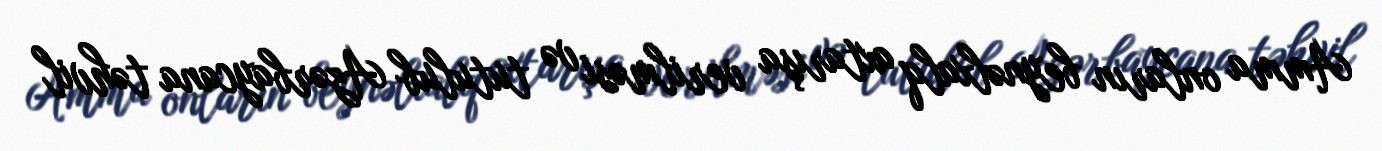
Amma onların beynəlxalq axtarışa verilməsi və tutulub Azərbaycana təhvil